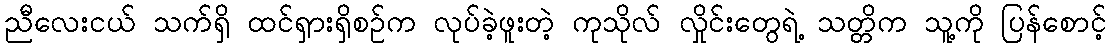
ညီလေးငယ် သက်ရှိ ထင်ရှားရှိစဉ်က လုပ်ခဲ့ဖူးတဲ့ ကုသိုလ် လှိုင်းတွေရဲ့ သတ္တိက သူ့ကို ပြန်စောင့်